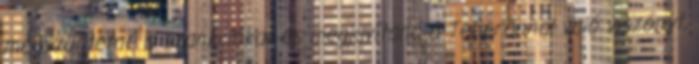
megszüntetné a szankciókat és megjavítaná a Teheránnal való viszonyt,